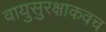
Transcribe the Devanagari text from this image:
वायुसुरक्षाकवच